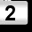
Digit: 2